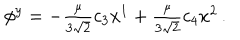
LaTeX: \phi ^ { y } = - \textstyle { \frac { \mu } { 3 \sqrt { 2 } } } c _ { 3 } x ^ { 1 } + \textstyle { \frac { \mu } { 3 \sqrt { 2 } } } c _ { 4 } x ^ { 2 } \, .